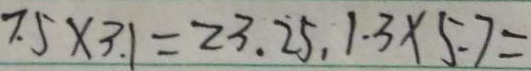
7 . 5 \times 3 . 1 = 2 3 . 2 5 , 1 . 3 \times 5 . 7 =